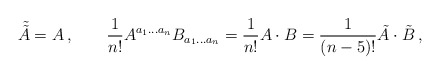
\begin{align*}\tilde {\tilde A}=A\,, \qquad \frac{1}{n!}A^{a_1\ldots a_n}B_{a_1\ldots a_n}=\frac{1}{n!}A\cdot B=\frac{1}{(n-5)!}\tilde A\cdot \tilde B\,, \end{align*}